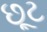
છૂટ